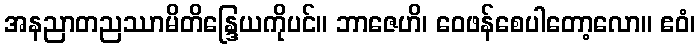
အနညာတညဿာမိတိန္ဒြေယကိုပင်။ ဘာဇေဟိ၊ ဝေဖန်စေပါတော့လော။ ဧဝံ၊